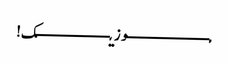
مـــــــــــــــــــوزیـــــــــــــــــک!